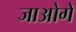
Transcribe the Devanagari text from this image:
जाओगें